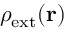
\rho _ { \mathrm { e x t } } ( \mathbf { r } )